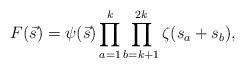
LaTeX: \begin{align*}F(\vec{s}) = \psi(\vec{s}) \prod_{a=1}^k\prod_{b=k+1}^{2k}\zeta(s_a+s_b), \end{align*}